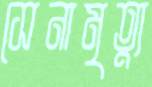
সেনামৃত্যু